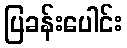
ပြခန်းပေါင်း